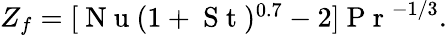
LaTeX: \begin{array}{r}{Z_{f}=[\mathrm{~N~u~}(1+\mathrm{~S~t~})^{0.7}-2]\mathrm{~P~r~}^{-{1}/{3}}.}\end{array}